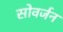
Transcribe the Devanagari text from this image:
सोवर्जन